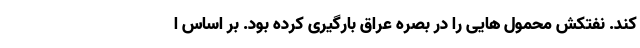
کند. نفتکش محمول هایی را در بصره عراق بارگیری کرده بود. بر اساس ا